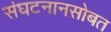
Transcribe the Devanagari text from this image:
संघटनानसोबत